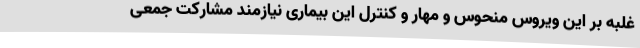
غلبه بر این ویروس منحوس و مهار و کنترل این بیماری نیازمند مشارکت جمعی